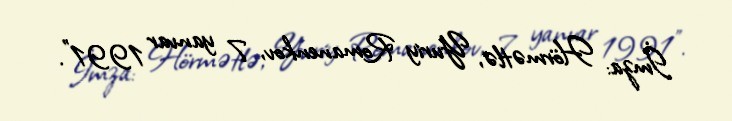
İmza: Hörmətlə, Yuriy Romanenkov, 7 yanvar 1991”.